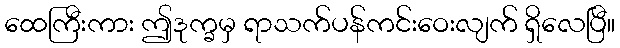
ထေကြီးကား ဤဒုက္ခမှ ရာသက်ပန်ကင်းဝေးလျက် ရှိလေပြီ။